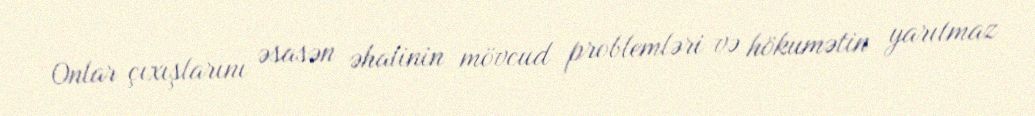
Onlar çıxışlarını əsasən əhalinin mövcud problemləri və hökumətin yarıtmaz